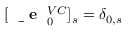
[ \mathrm { ~ \bf ~ \underline { ~ } { ~ e ~ } ~ } _ { 0 } ^ { V C } ] _ { s } = \delta _ { 0 , s }